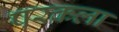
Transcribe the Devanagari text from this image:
परकला